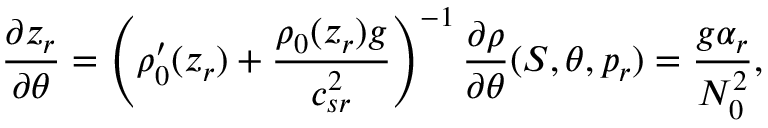
\frac { \partial z _ { r } } { \partial \theta } = \left( \rho _ { 0 } ^ { \prime } ( z _ { r } ) + \frac { \rho _ { 0 } ( z _ { r } ) g } { c _ { s r } ^ { 2 } } \right) ^ { - 1 } \frac { \partial \rho } { \partial \theta } ( S , \theta , p _ { r } ) = \frac { g \alpha _ { r } } { N _ { 0 } ^ { 2 } } ,